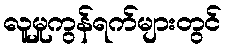
လူမှုကွန်ရက်များတွင်